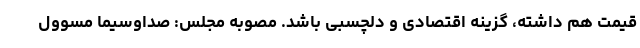
قیمت هم داشته، گزینه اقتصادی و دلچسبی باشد. مصوبه مجلس: صداوسیما مسوول